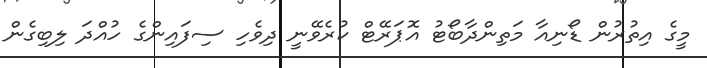
މީގެ އިތުރުން ޑޯނިއާ މަތިންދާބޯޓު އޮޕަރޭޓް ކުރެވޭނީ ދިވެހި ސިފައިންގެ ހުއްދަ ލިބިގެން